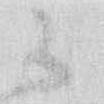
御